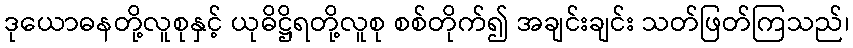
ဒုယောဓနတို့လူစုနှင့် ယုဓိဋ္ဌိရတို့လူစု စစ်တိုက်၍ အချင်းချင်း သတ်ဖြတ်ကြသည်၊